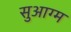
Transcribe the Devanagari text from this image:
सुआग्म